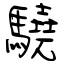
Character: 驍